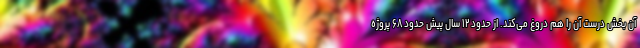
آن بخش درست آن را هم دروغ می‌کند. از حدود ۱۲ سال پیش حدود ۶۸ پروژه